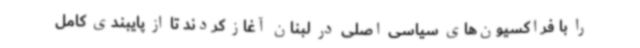
را با فراکسیون‌های سیاسی اصلی در لبنان آغاز کردند تا از پایبندی کامل